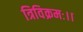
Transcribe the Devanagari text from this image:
त्रिविक्रमः।।